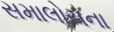
સમાલોચના